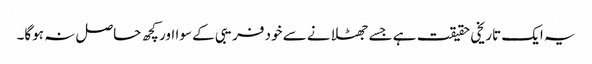
یہ ایک تاریخی حقیقت ہے جسے جھٹلانے سے خود فریبی کے سوا اور کچھ حاصل نہ ہوگا۔